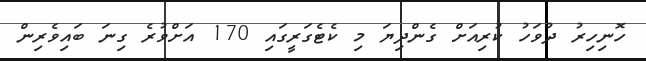
ހޮނިހިރު ދުވަހު ކުރިއަށް ގެންދިޔަ މި ކެޓެގަރީގައި 170 އަށްވުރެ ގިނަ ބައިވެރިން